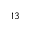
^ { 1 3 }